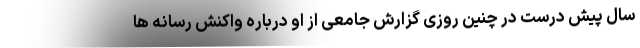
سال پیش درست در چنین روزی گزارش جامعی از او درباره واکنش رسانه ها